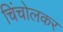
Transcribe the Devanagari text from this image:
चिंचोलकर